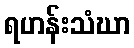
ရဟန်းသံဃာ